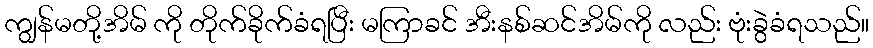
ကျွန်မတို့အိမ် ကို တိုက်ခိုက်ခံရပြီး မကြာခင် အီးနစ်ဆင်အိမ်ကို လည်း ဗုံးခွဲခံရသည်။